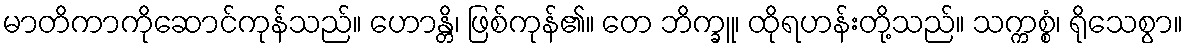
မာတိကာကိုဆောင်ကုန်သည်။ ဟောန္တိ၊ ဖြစ်ကုန်၏။ တေ ဘိက္ခူ၊ ထိုရဟန်းတို့သည်။ သက္ကစ္စံ၊ ရိုသေစွာ။